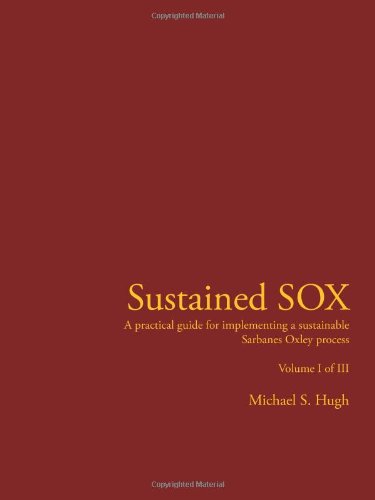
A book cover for Sustained SOX: A practical guide for implementing a sustainable Sarbanes Oxley process Volume I of III; Michael Hugh; Business & Money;